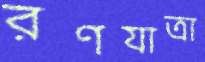
রণযাত্রা